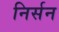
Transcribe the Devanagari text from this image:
निर्सन